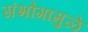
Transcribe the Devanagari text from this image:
संभोगामुळे